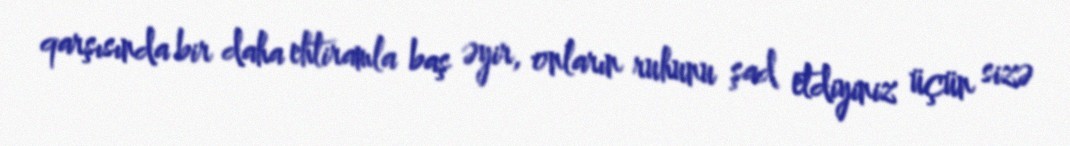
qarşısında bir daha ehtiramla baş əyir, onların ruhunu şad etdiyiniz üçün sizə